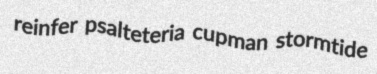
reinfer psalteteria cupman stormtide